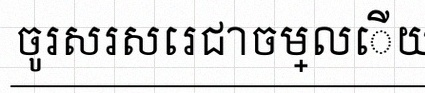
ចូរសរសេរជាចម្លើយ